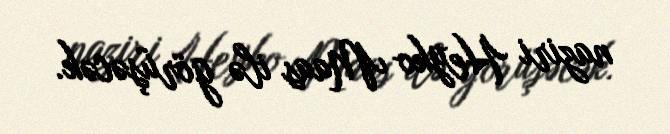
naziri Heyko Maas ilə görüşəcək.